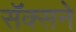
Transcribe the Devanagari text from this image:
सॅक्सने